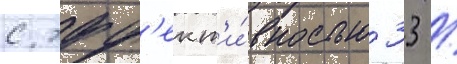
с эфф'ект'и́вностью 33 /